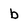
Character: b